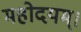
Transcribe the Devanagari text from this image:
महोदयम्।